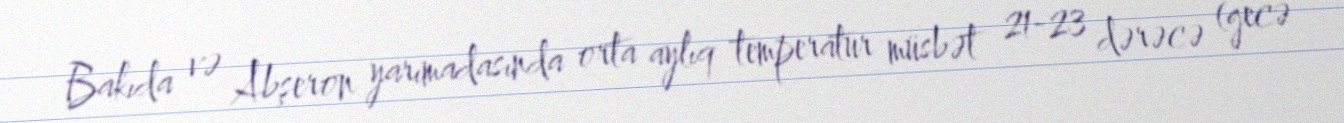
Bakıda və Abşeron yarımadasında orta aylıq temperatur müsbət 21-23 dərəcə (gecə